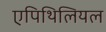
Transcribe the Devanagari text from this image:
एपिथिलियल